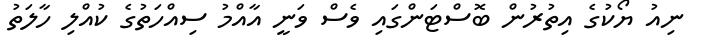
ނިއު ޔޯކުގެ އިތުރުން ބޮސްޓަންގައި ވެސް ވަނީ އާއްމު ސިއްހަތުގެ ކުއްލި ހާލަތު